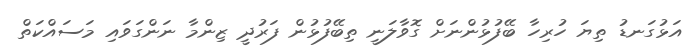
އަޅުގަނޑު ތިޔަ ހުރިހާ ބޭފުޅުންނަށް ގޮވާލަނީ ތިބޭފުޅުން ފަރުދީ ޒިންމާ ނަންގަވައި މަސައްކަތް